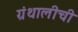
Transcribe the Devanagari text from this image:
ग्रंथालीची